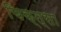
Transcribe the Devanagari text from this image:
चिक्त्सा